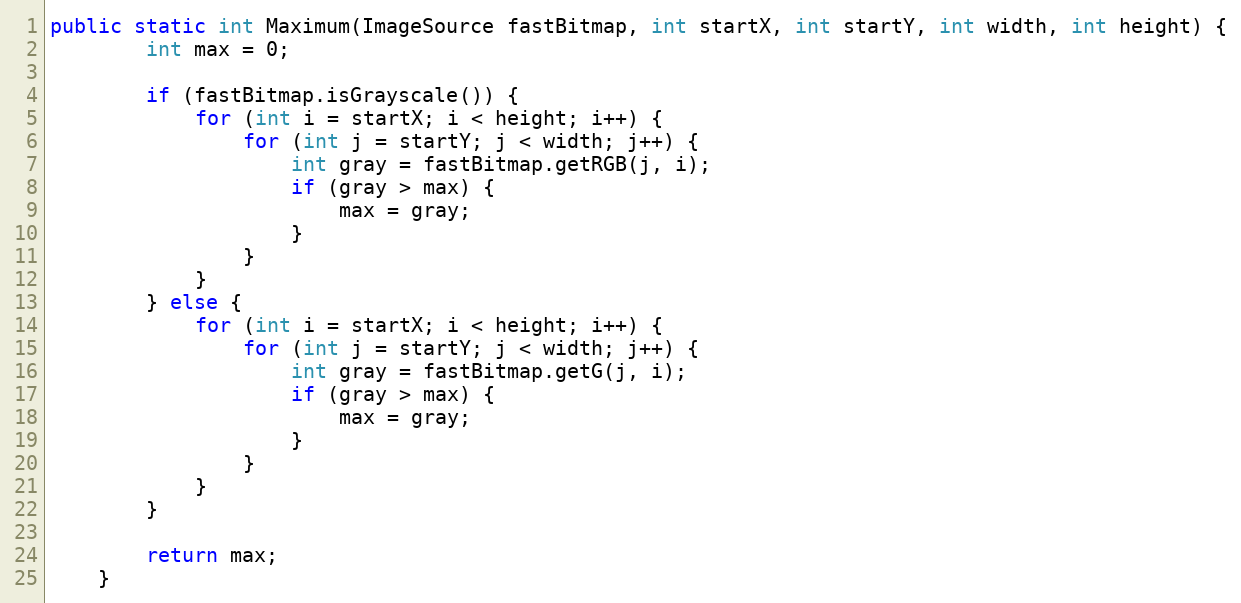
Language: Java
public static int Maximum(ImageSource fastBitmap, int startX, int startY, int width, int height) {
        int max = 0;

        if (fastBitmap.isGrayscale()) {
            for (int i = startX; i < height; i++) {
                for (int j = startY; j < width; j++) {
                    int gray = fastBitmap.getRGB(j, i);
                    if (gray > max) {
                        max = gray;
                    }
                }
            }
        } else {
            for (int i = startX; i < height; i++) {
                for (int j = startY; j < width; j++) {
                    int gray = fastBitmap.getG(j, i);
                    if (gray > max) {
                        max = gray;
                    }
                }
            }
        }

        return max;
    }